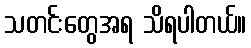
သတင်းတွေအရ သိရပါတယ်။